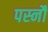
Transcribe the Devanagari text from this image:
पस्नौ